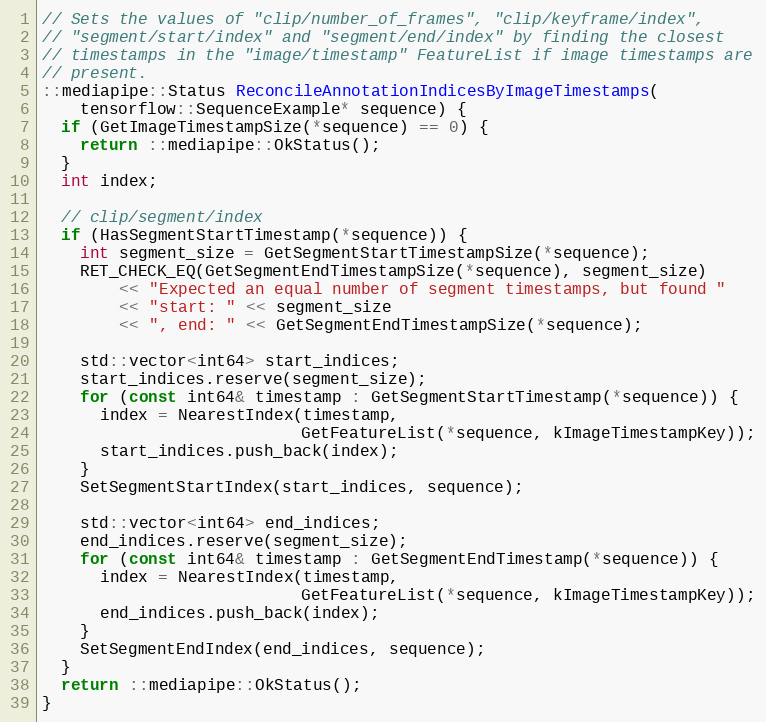
Language: C++
// Sets the values of "clip/number_of_frames", "clip/keyframe/index",
// "segment/start/index" and "segment/end/index" by finding the closest
// timestamps in the "image/timestamp" FeatureList if image timestamps are
// present.
::mediapipe::Status ReconcileAnnotationIndicesByImageTimestamps(
    tensorflow::SequenceExample* sequence) {
  if (GetImageTimestampSize(*sequence) == 0) {
    return ::mediapipe::OkStatus();
  }
  int index;

  // clip/segment/index
  if (HasSegmentStartTimestamp(*sequence)) {
    int segment_size = GetSegmentStartTimestampSize(*sequence);
    RET_CHECK_EQ(GetSegmentEndTimestampSize(*sequence), segment_size)
        << "Expected an equal number of segment timestamps, but found "
        << "start: " << segment_size
        << ", end: " << GetSegmentEndTimestampSize(*sequence);

    std::vector<int64> start_indices;
    start_indices.reserve(segment_size);
    for (const int64& timestamp : GetSegmentStartTimestamp(*sequence)) {
      index = NearestIndex(timestamp,
                           GetFeatureList(*sequence, kImageTimestampKey));
      start_indices.push_back(index);
    }
    SetSegmentStartIndex(start_indices, sequence);

    std::vector<int64> end_indices;
    end_indices.reserve(segment_size);
    for (const int64& timestamp : GetSegmentEndTimestamp(*sequence)) {
      index = NearestIndex(timestamp,
                           GetFeatureList(*sequence, kImageTimestampKey));
      end_indices.push_back(index);
    }
    SetSegmentEndIndex(end_indices, sequence);
  }
  return ::mediapipe::OkStatus();
}